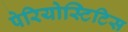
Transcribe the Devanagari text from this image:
पेरियोस्टिटिस